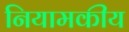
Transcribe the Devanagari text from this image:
नियामकीय